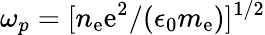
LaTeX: \omega_{p}=[n_{\mathrm{e}}\mathrm{e}^{2}/(\epsilon_{0}m_{\mathrm{e}})]^{1/2}